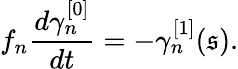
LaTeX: f_{n}\frac{d\gamma_{n}^{[0]}}{dt}=-\gamma_{n}^{[1]}(\mathfrak{s}).